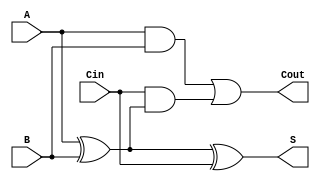
module LowPowerFullAdder (
    input wire A,    // First input bit
    input wire B,    // Second input bit
    input wire Cin,  // Carry-in bit
    output wire S,   // Sum output
    output wire Cout  // Carry-out output
);

// Intermediate signals for calculations
wire AxorB; // A XOR B

// Sum calculation using XOR gates
assign AxorB = A ^ B; // A XOR B
assign S = AxorB ^ Cin; // S = (A XOR B) XOR Cin

// Carry-out calculation using AND and OR gates
assign Cout = (A & B) | (Cin & AxorB); // Cout = (A AND B) OR (Cin AND (A XOR B))

endmodule